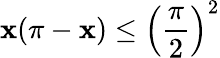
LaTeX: \mathbf{x}(\pi-\mathbf{x})\leq\left({\frac{{\pi}}{{2}}}\right)^{2}